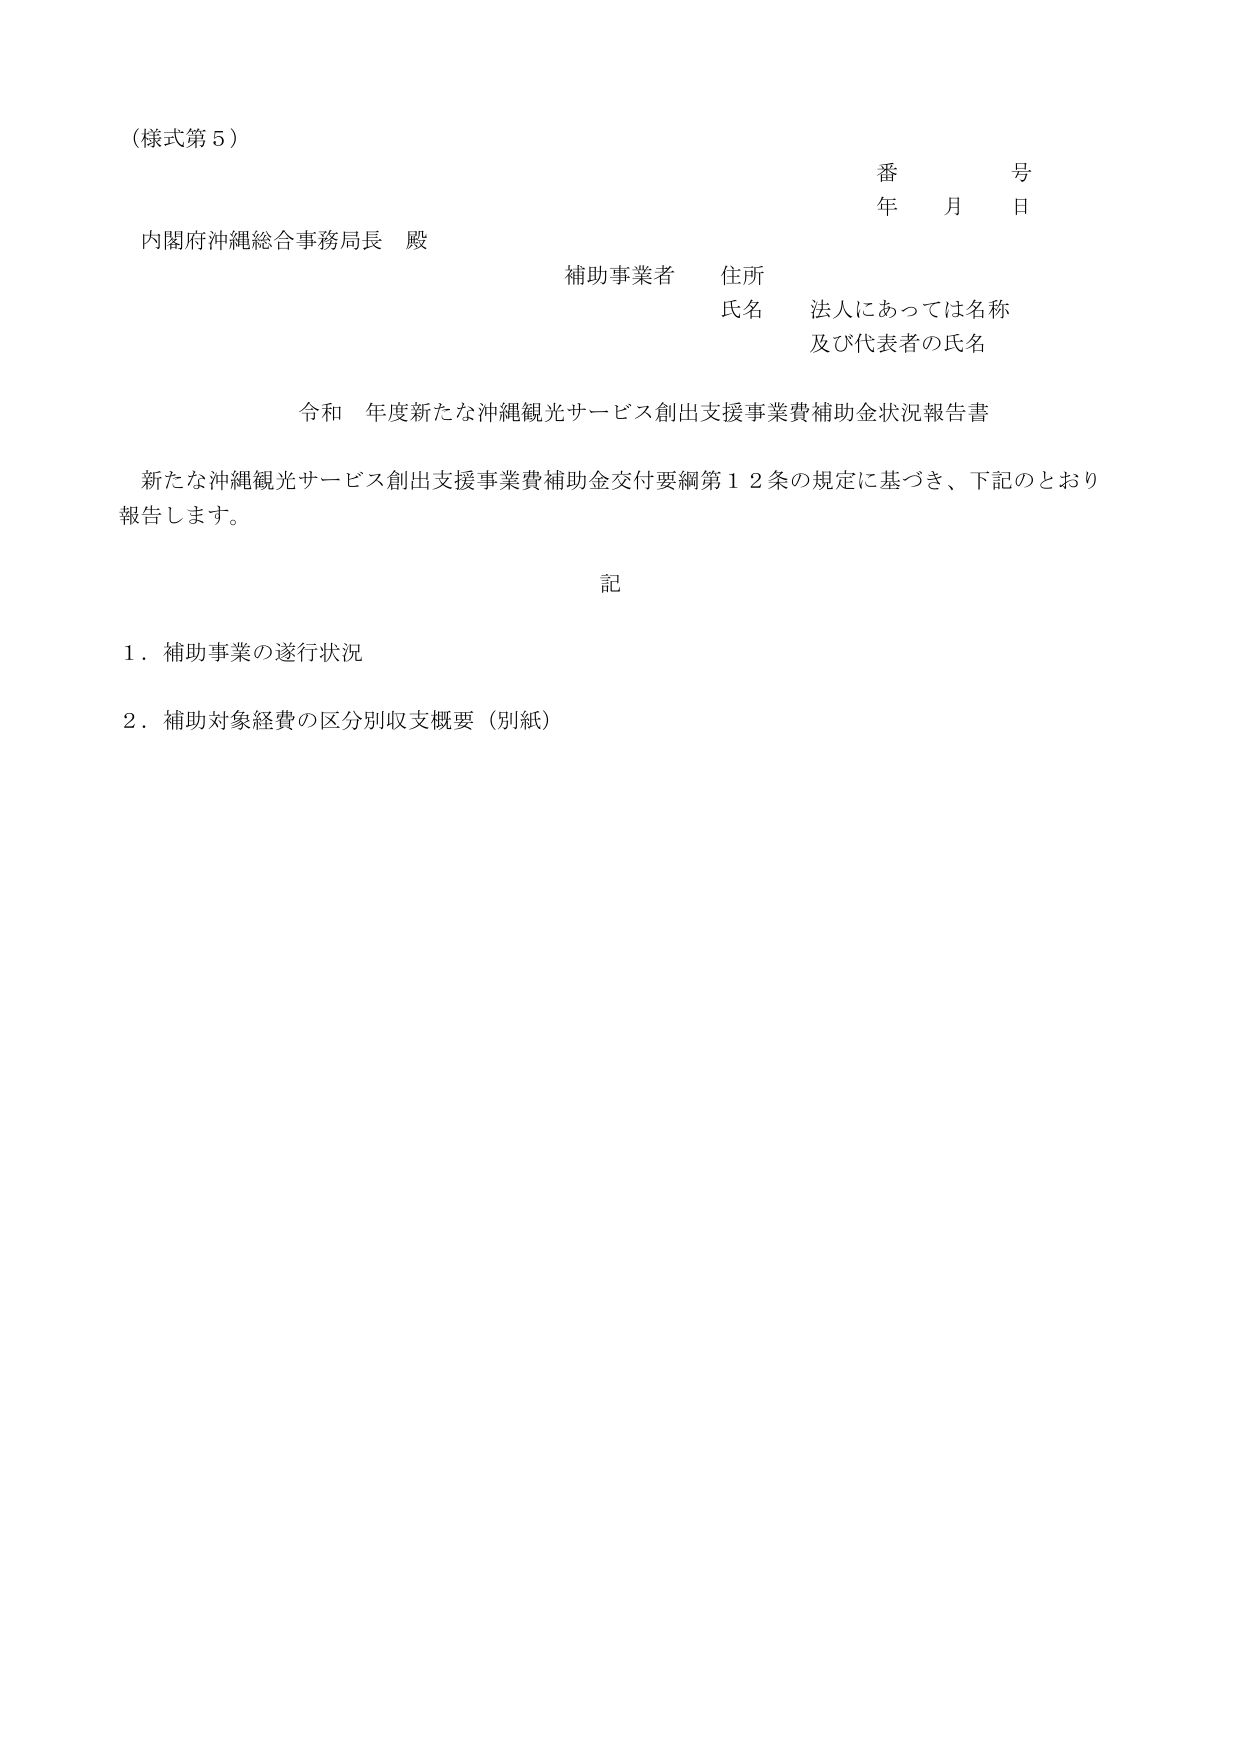
（様式第５）

番　　号
年　月　日

内閣府沖縄総合事務局長　殿

補助事業者　住所
　　　　　　氏名　法人にあっては名称
　　　　　　　　　及び代表者の氏名

令和　年度新たな沖縄観光サービス創出支援事業費補助金状況報告書

新たな沖縄観光サービス創出支援事業費補助金交付要綱第１２条の規定に基づき、下記のとおり
報告します。

記

１．補助事業の遂行状況
２．補助対象経費の区分別収支概要（別紙）